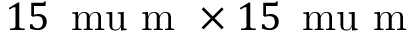
1 5 \, \mathrm { \ m u } \mathrm { ~ m ~ } \times 1 5 \, \mathrm { \ m u } \mathrm { ~ m ~ }